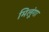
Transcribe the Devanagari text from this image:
मिलूंगा